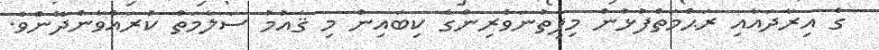
ގެ އިރާދައާއި ރަޙްމަތްފުޅުން މިފިތުނަވެރިންގެ ކިބައިން މި ޤައުމު ސަލާމަތް ކުރައްވާންދޭންވެ.